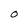
Character: O